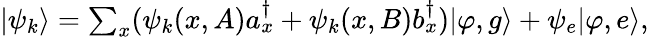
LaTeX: \begin{array}{r}{|\psi_{k}\rangle=\sum_{x}(\psi_{k}(x,A)a_{x}^{\dagger}+\psi_{k}(x,B)b_{x}^{\dagger})|\varphi,g\rangle+\psi_{e}|\varphi,e\rangle,}\end{array}